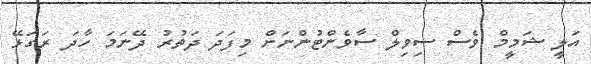
އަލީ ޝަމީމް ވެސް ސިވިލް ސާވެންޓުންނަށް މިފަދަ ދަތުރު ދޭނަމަ ހާދަ ރަގަޅޭ